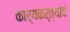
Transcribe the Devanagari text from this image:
कार्यकर्त्यांचं